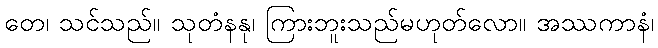
တေ၊ သင်သည်။ သုတံနနု၊ ကြားဘူးသည်မဟုတ်လော။ အဿကာနံ၊